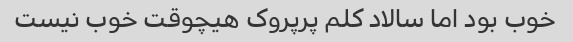
خوب بود اما سالاد کلم پرپروک هیچوقت خوب نیست